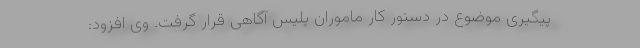
پیگیری موضوع در دستور کار ماموران پلیس آگاهی قرار گرفت. وی افزود: